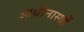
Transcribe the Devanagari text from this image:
आधीनास्थों